Vaccination report Assam 1874-1896 - 1874-1896
Year: 1874
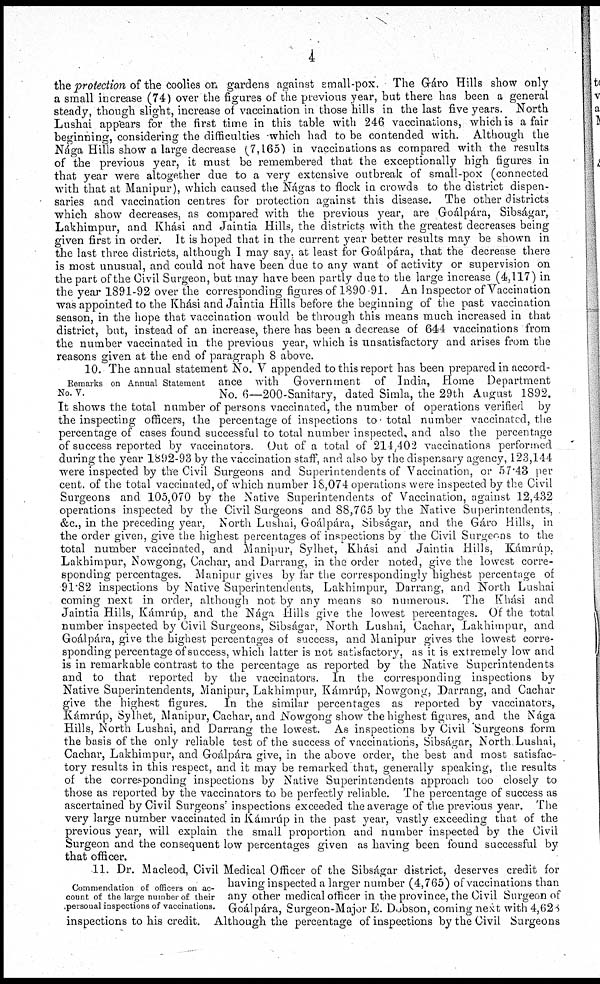
4
the protection of the coolies on gardens against small-pox. The Gáro Hills show only
a small increase (74) over the figures of the previous year, but there has been a general
steady, though slight, increase of vaccination in those hills in the last five years. North
Lushai appears for the first time in this table with 246 vaccinations, which is a fair
beginning, considering the difficulties which had to be contended with. Although the
Nága Hills show a large decrease (7,165) in vaccinations as compared with the results
of the previous year, it must be remembered that the exceptionally high figures in
that year were altogether due to a very extensive outbreak of small-pox (connected
with that at Manipur), which caused the Nágas to flock in crowds to the district dispen-
saries and vaccination centres for protection against this disease. The other districts
which show decreases, as compared with the previous year, are Goálpára, Sibságar,
Lakhimpur, and Khási and Jaintia Hills, the districts with the greatest decreases being
given first in order. It is hoped that in the current year better results may be shown in
the last three districts, although I may say, at least for Goálpára, that the decrease there
is most unusual, and could not have been due to any want of activity or supervision on
the part of the Civil Surgeon, but may have been partly due to the large increase (4,117) in
the year 1891-92 over the corresponding figures of 1890 91. An Inspector of Vaccination
was appointed to the Khási and Jaintia Hills before the beginning of the past vaccination
season, in the hope that vaccination would be through this means much increased in that
district, but, instead of an increase, there has been a decrease of 644 vaccinations from
the number vaccinated in the previous year, which is unsatisfactory and arises from the
reasons given at the end of paragraph 8 above.
Remarks on Annual Statement
No. V.
10. The annual statement No. V appended to this report has been prepared in accord-
ance with Government of India, Home Department
No. 6—200-Sanitary, dated Simla, the 29th August 1892.
It shows the total number of persons vaccinated, the number of operations verified by
the inspecting officers, the percentage of inspections to total number vaccinated, the
percentage of cases found successful to total number inspected, and also the percentage
of success reported by vaccinators. Out of a total of 214,402 vaccinations performed
during the year 1892-93 by the vaccination staff, and also by the dispensary agency, 123,144
were inspected by the Civil Surgeons and Superintendents of Vaccination, or 57.43 per
cent. of the total vaccinated, of which number 18,074 operations were inspected by the Civil
Surgeons and 105,070 by the Native Superintendents of Vaccination, against 12,432
operations inspected by the Civil Surgeons and 88,765 by the Native Superintendents,
&c., in the preceding year, North Lushai, Goálpára, Sibságar, and the Gáro Hills, in
the order given, give the highest percentages of inspections by the Civil Surgeons to the
total number vaccinated, and Manipur, Sylhet, Khási and Jaintia Hills, Kámrúp.
Lakhimpur, Nowgong, Cachar, and Darrang, in the order noted, give the lowest corre-
sponding percentages. Manipur gives by far the correspondingly highest percentage of
91.82 inspections by Native Superintendents, Lakhimpur, Darrang, and North Lushai
coming next in order, although not by any means so numerous. The Khási and
Jaintia Hills, Kámrúp, and the Nága Hills give the lowest percentages. Of the total
number inspected by Civil Surgeons, Sibságar, North Lushai, Cachar, Lakhimpur, and
Goálpára, give the highest percentages of success, and Manipur gives the lowest corre-
sponding percentage of success, which latter is not satisfactory, as it is extremely low and
is in remarkable contrast to the percentage as reported by the Native Superintendents
and to that reported by the vaccinators. In the corresponding inspections by
Native Superintendents, Manipur, Lakhimpur, Kámrúp, Nowgong, Darrang, and Cachar
give the highest figures. In the similar percentages as reported by vaccinators,
Kámrúp, Sylhet, Manipur, Cachar, and Nowgong show the highest figures, and the Nága
Hills, North Lushai, and Darrang the lowest. As inspections by Civil "Surgeons form
the basis of the only reliable test of the success of vaccinations, Sibságar, North Lushai,
Cachar, Lakhimpur, and Goálpára give, in the above order, the best and most satisfac-
tory results in this respect, and it may be remarked that, generally speaking, the results
of the corresponding inspections by Native Superintendents approach too closely to
those as reported by the vaccinators to be perfectly reliable. The percentage of success as
ascertained by Civil Surgeons inspections exceeded the average of the previous year. The
very large number vaccinated in Kámrúp in the past year, vastly exceeding that of the
previous year, will explain the small proportion and number inspected by the Civil
Surgeon and the consequent low percentages given as having been found successful by
that officer.
Commendation of officers on ac-
count of the large number of their
personal inspections of vaccinations.
11. Dr. Macleod, Civil Medical Officer of the Sibságar district, deserves credit for
having inspected a larger number (4,765) of vaccinations than
any other medical officer in the province, the Civil Surgeon of
Goálpára, Surgeon-Major E. Dobson, coming next with 4,628
inspections to his credit. Although the percentage of inspections by the Civil Surgeons